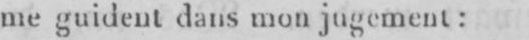
me guident dans mon jugement: